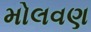
મોલવણ